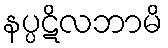
နပ္ပဋိလဘာမိ